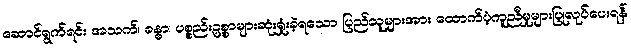
ဆောင်ရွက်ရင်း အသက်၊ ခန္ဓာ၊ ပစ္စည်းဥစ္စာများဆုံးရှုံးခဲ့ရသော ပြည်သူများအား ထောက်ပံ့ကူညီမှုများပြုလုပ်ပေးရန်